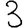
Digit: 3